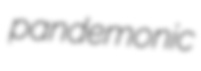
pandemonic